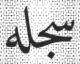
سجله